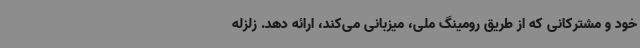
خود و مشترکانی که از طریق رومینگ ملی، میزبانی می‌کند، ارائه دهد. زلزله